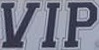
VIP